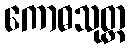
ကောဓသုတ္တ